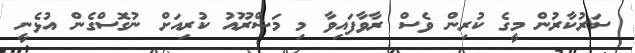
ސަރުކާރުން މީގެ ކުރިން ވެސް ރާވާފައިވާ މި މަޝްރޫއު ކުރިއަށް ނުގޮސްގެން އުޅެނީ